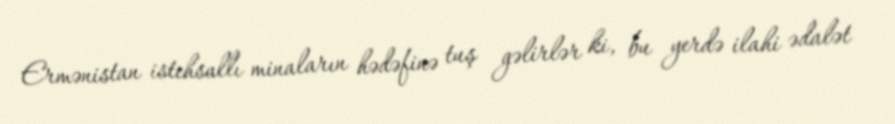
Ermənistan istehsallı minaların hədəfinə tuş gəlirlər ki, bu yerdə ilahi ədalət